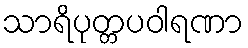
သာရိပုတ္တပဝါရဏာ